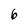
Character: 6